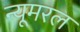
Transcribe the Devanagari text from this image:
न्यूमरल